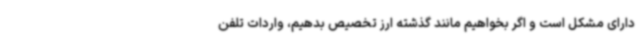
دارای مشکل است و اگر بخواهیم مانند گذشته ارز تخصیص بدهیم، واردات تلفن